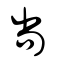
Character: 尚